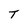
Character: T